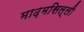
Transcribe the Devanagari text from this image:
माढ़मसिल्ली